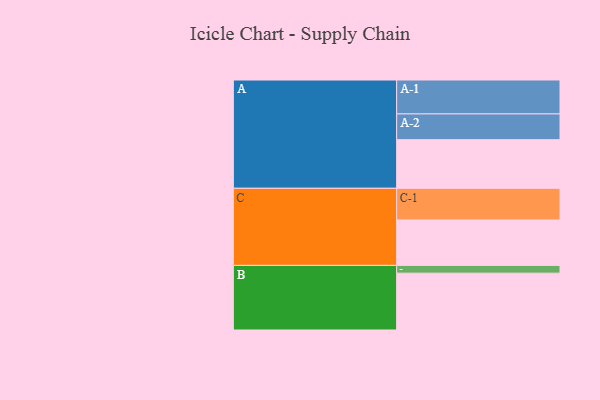
{"axis": {"x": "Segment", "y": "Value"}, "legend": ["", "A", "B", "C"], "data": [{"x": "A", "y": 388, "type": ""}, {"x": "B", "y": 454, "type": ""}, {"x": "C", "y": 363, "type": ""}, {"x": "A-1", "y": 271, "type": "A"}, {"x": "A-2", "y": 206, "type": "A"}, {"x": "B-1", "y": 62, "type": "B"}, {"x": "C-1", "y": 253, "type": "C"}]}